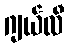
ဂျယ်လီ